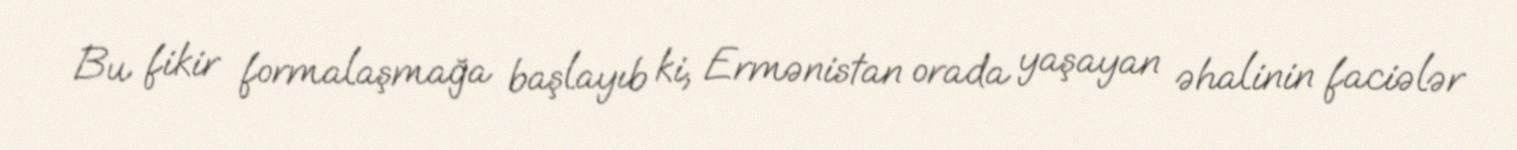
Bu fikir formalaşmağa başlayıb ki, Ermənistan orada yaşayan əhalinin faciələr